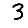
Digit: 3